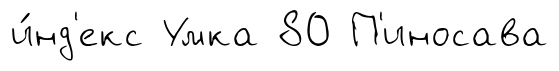
и́нд'екс Умка 80 П'иносава